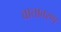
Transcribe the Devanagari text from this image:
वातावरण्